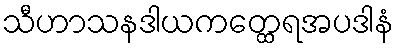
သီဟာသနဒါယကတ္ထေရအပဒါနံ